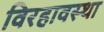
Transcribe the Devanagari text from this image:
विरहावस्था